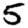
Digit: 5